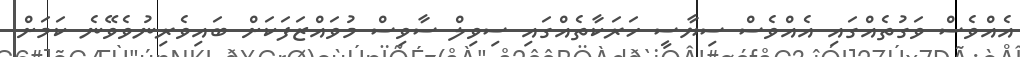
އެއްވެސް ވަގުތެއްގައި އެއްވެސް ސިޔާސީ ހަރަކާތެއްގައި ސިވިލް ސާވިސް މުވައްޒަފަކަށް ބައިވެރިނުވެވޭނެ ކަމަށް